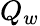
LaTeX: Q_{w}